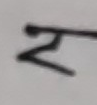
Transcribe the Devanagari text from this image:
क